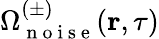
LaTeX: \Omega_{\mathrm{~n~o~i~s~e~}}^{(\pm)}(\textbf{r},\tau)